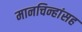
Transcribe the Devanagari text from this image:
मानचिन्हांसह